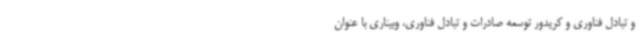
و تبادل فناوری و کریدور توسعه صادرات و تبادل فناوری، وبیناری با عنوان